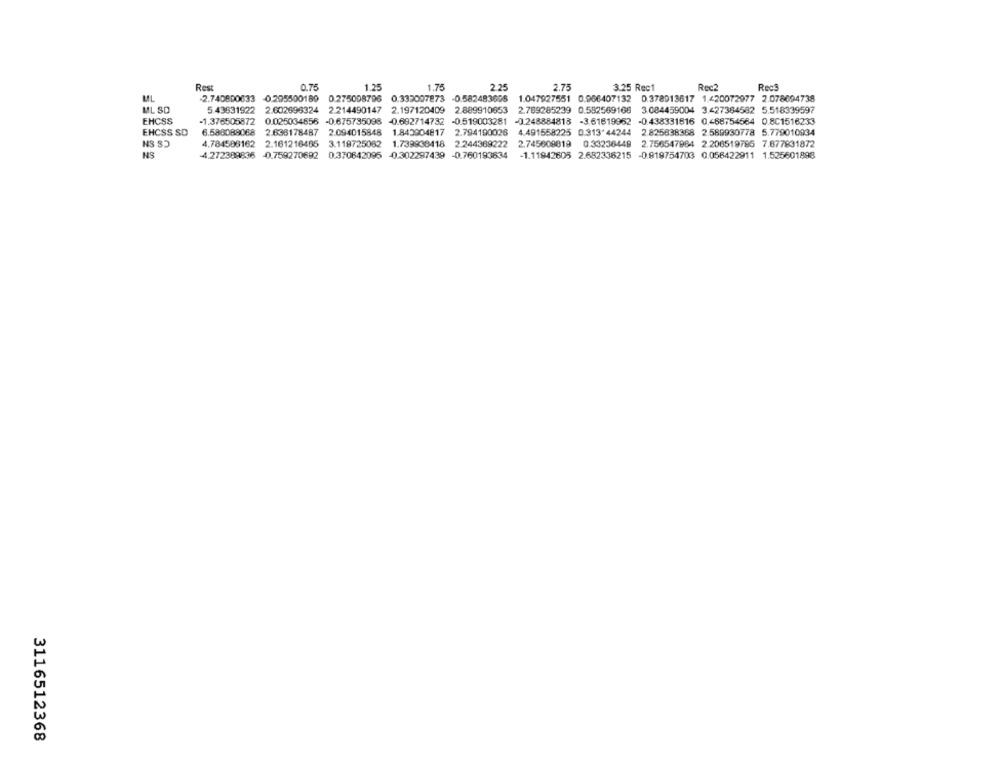
Rest
0.75
1.25
1.75
2.25
2.75
3.25 Rec1
Rec2
Rect
-2.740800633 0.295500189 0.275008796
0.332007873 -0.582483605
1.047927551 0.966407132 0.378913617 1.420072977 2.078694738
ML SD
5.43631922 2.602696324 2.214490147 2.197120409 2.889910653 2.789285239 0.582569168 3.084459004 3.427364582 5.518339597
EHCSS
-1.376505872 0.025034856 -0.675735098 -0.692714732 -0.519003281
-0.248884813 -3.61619962
-0.438331616 0.468754564 0.801516233
EHCSS SD
6.588089068
2.636178487
2.094015848
1.843904817
2.794190026 4.491558225 0.313'44244
2.825838368 2.589930778 5.779010034
NS S)
4.784588162 2.161216485 3.119725082
1.739938418 2.244369222 2.745609819 0.33236449 2.756547984 2.206519785 7.877831872
NS
4.272389836 -0.759270692 0.370642095 -0.302297439 -0.760193834
-1.11942605 2.682336215 -0.919754703 0.056422911 1.525601898
3116512368